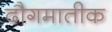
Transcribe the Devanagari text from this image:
दौगमातीक